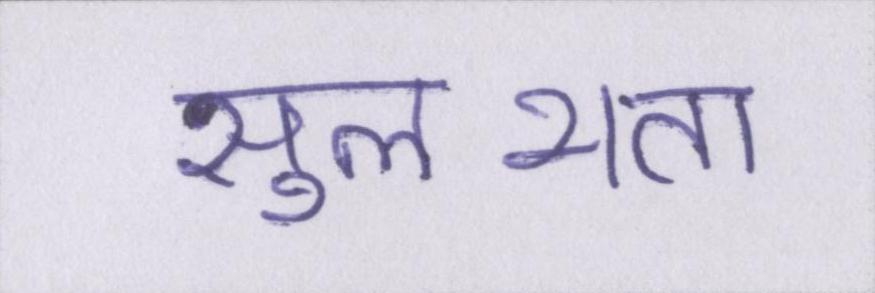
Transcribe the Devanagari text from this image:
सुलभता